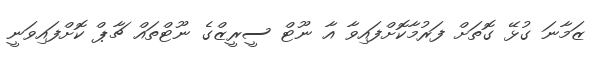
ޒަމާނަ ގުޅޭ ގޮތަށް ފަރުމާކޮށްފައިވާ އާ ނޫޓް ސީރީޒްގެ ނޫޓްތައް ޗާޕް ކޮށްފައިވަނީ